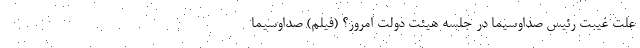
علت غیبت رئیس صدا‌وسیما در جلسه هیئت دولت امروز؟ (فیلم) صداوسیما